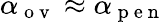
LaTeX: \alpha_{\mathrm{~o~v~}}\approx\alpha_{\mathrm{~p~e~n~}}